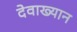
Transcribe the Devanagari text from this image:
देवाख्यान